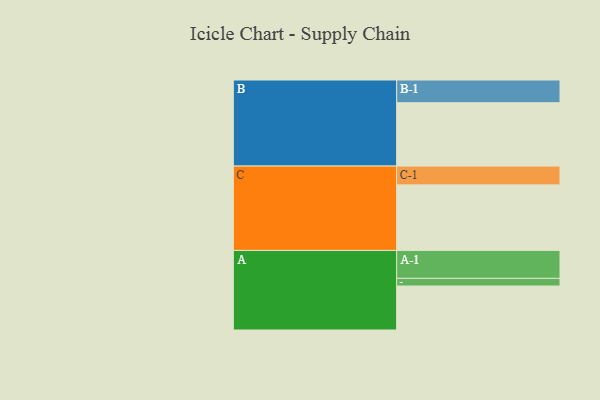
{"axis": {"x": "Segment", "y": "Value"}, "legend": ["", "A", "B", "C"], "data": [{"x": "A", "y": 304, "type": ""}, {"x": "B", "y": 438, "type": ""}, {"x": "C", "y": 453, "type": ""}, {"x": "A-1", "y": 193, "type": "A"}, {"x": "A-2", "y": 53, "type": "A"}, {"x": "B-1", "y": 157, "type": "B"}, {"x": "C-1", "y": 130, "type": "C"}]}